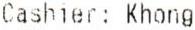
CASHIER: KHONG